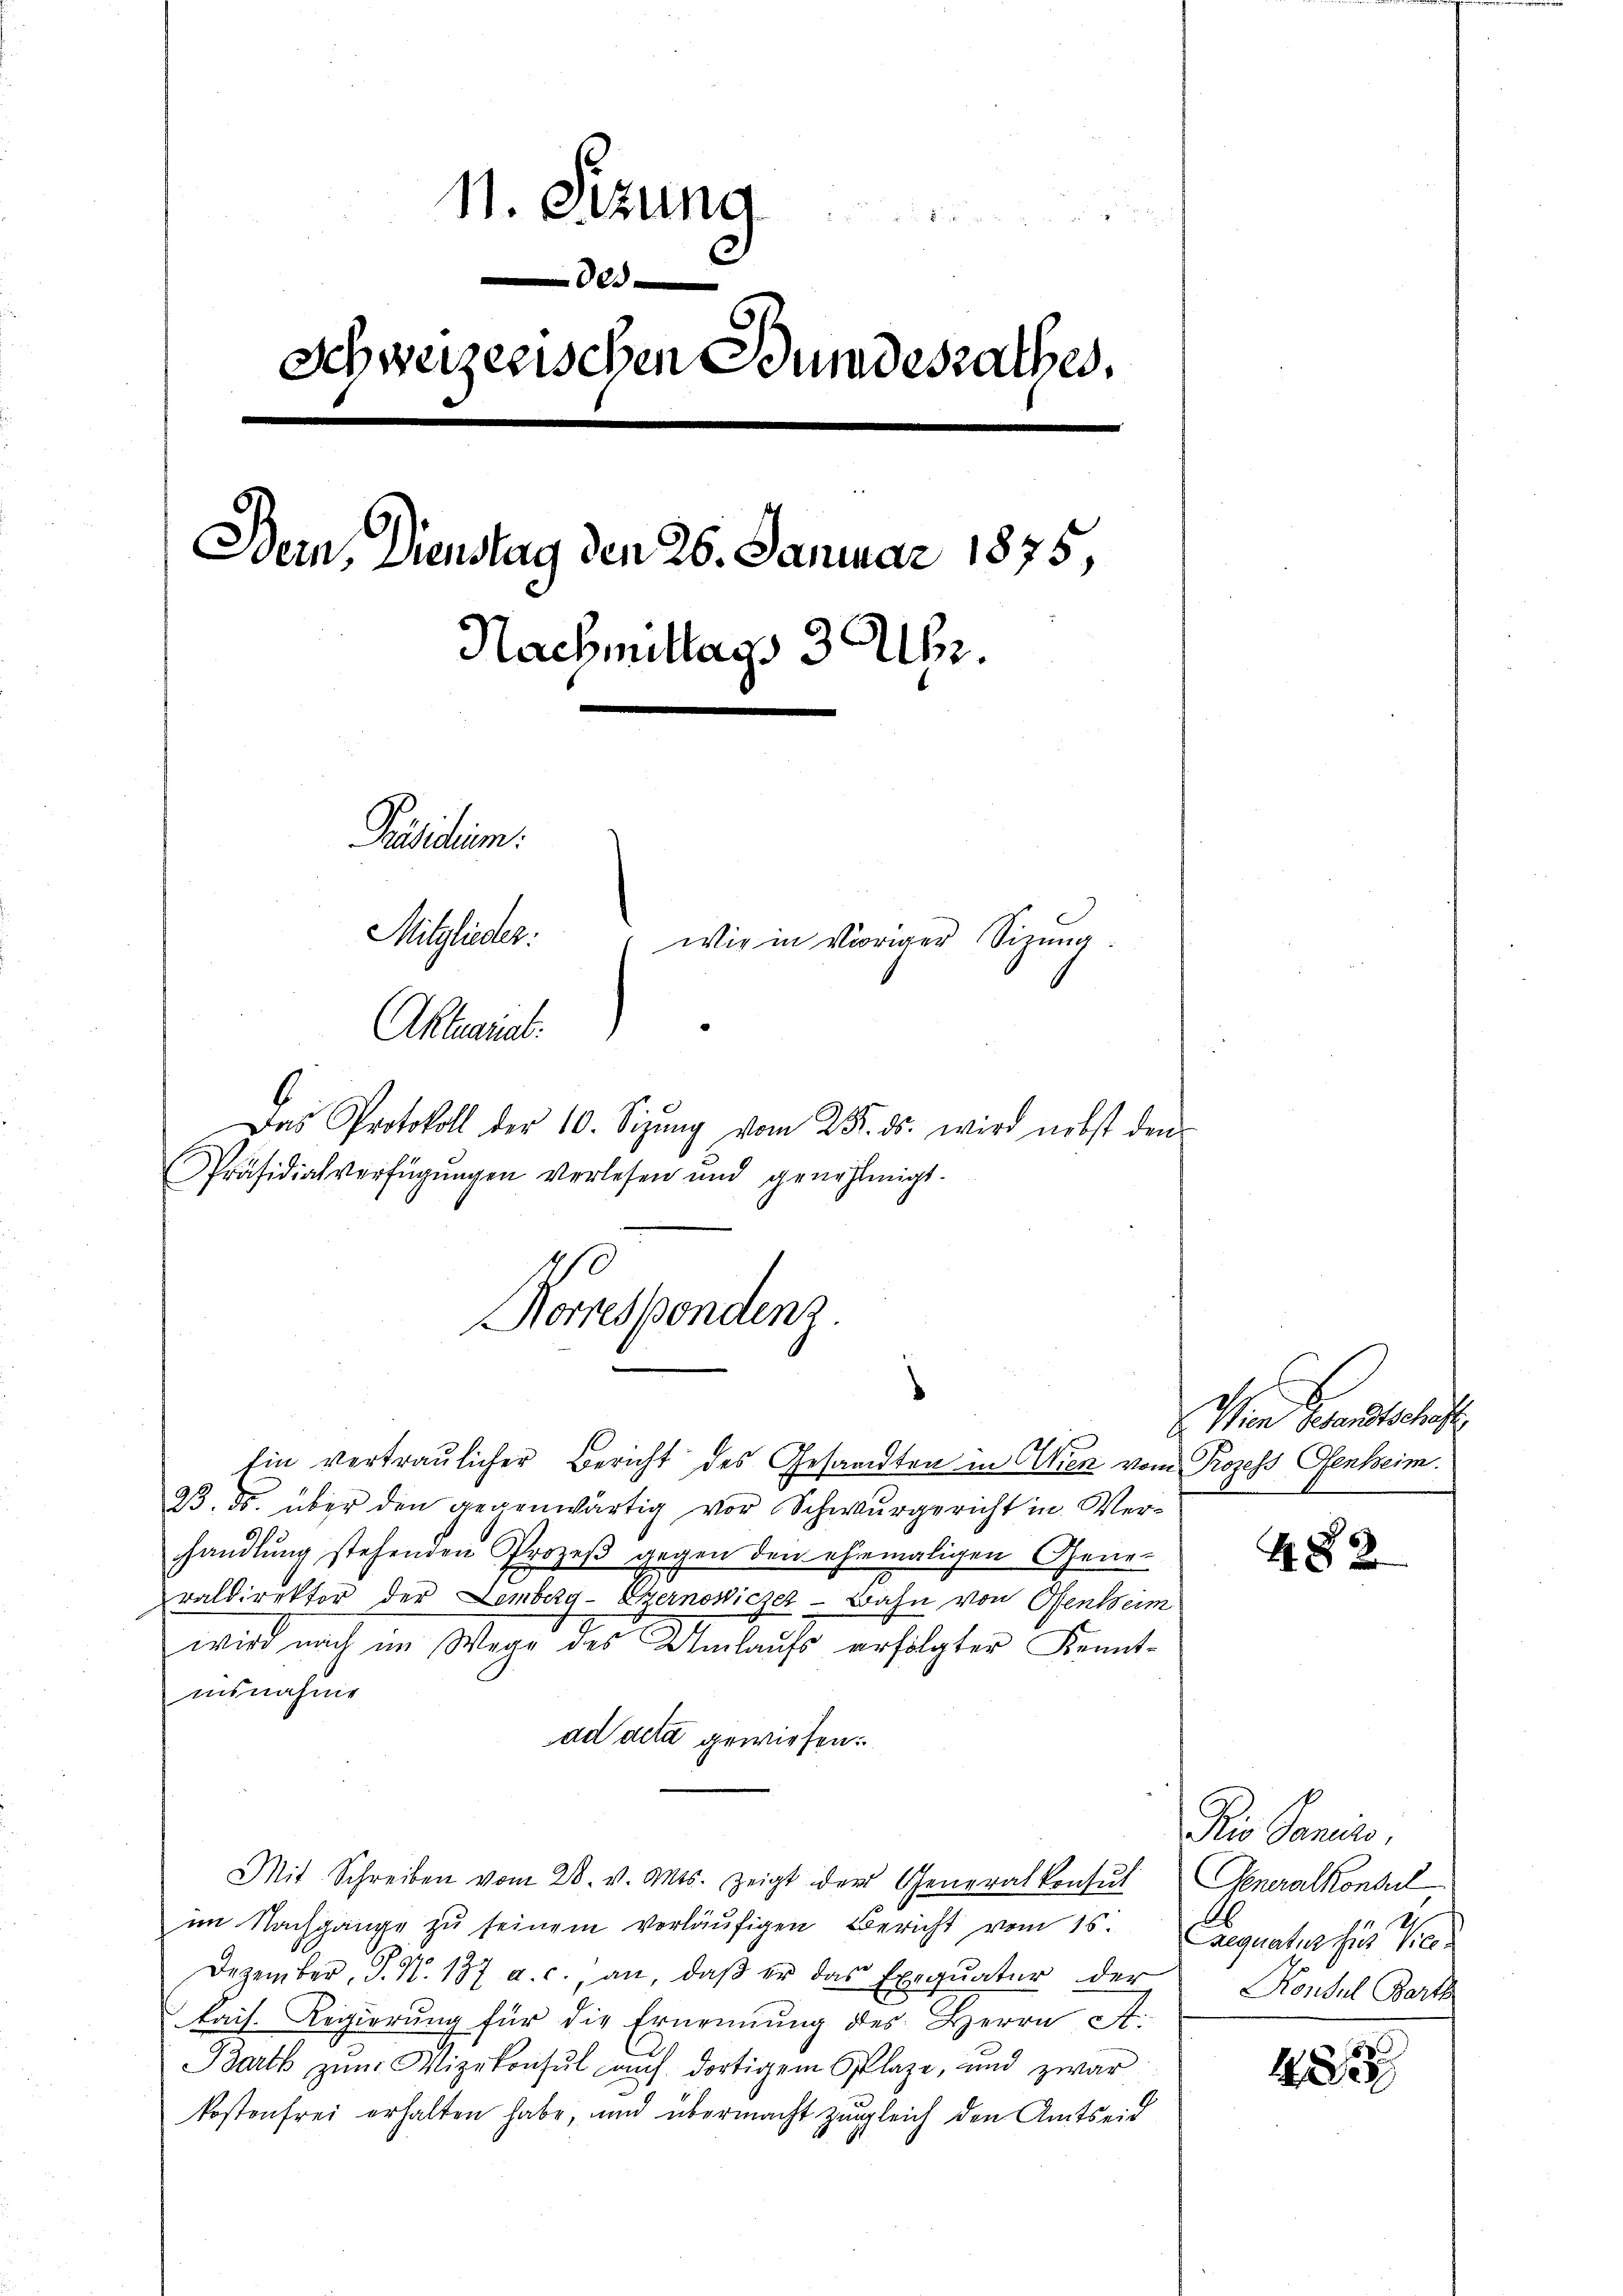
11. Sitzung
i
e
Schweizerischen Bundesrathes.

Bern, Dienstag den 26. Januar 1875,
Nachmittags 3 Uhr.
Präsidium.
Mitglieder.
(wie in voriger Sizung.
Aktuariat.
Das Protokoll der 10. Sizŭng vom 25. ds. wird nebst den
Präsidialverfügŭngen verlesen und genehmigt.

Korrespondenz.

Ein vertraulicher Bericht des Gesandten in Clien vom Prozess Ofenheim.
23. ds. über den gegenwärtig vor Schwurgericht in Verhandlung stehenden Prozeß gegen den ehemaligen Gene-
raldirektor der Lemberg-Ezernowiczel-Bahn von Ofenheim
wird nach im Wege des Umlaufs erfolgter Kenntisnahme
ad acta gewiesen.
Mit Schreiben vom 28. v. Mts. zeigt der Generalkonsul Generalkonsul
im Nachgange zu seinem vorläufigen Bericht vom 15. Seequatur für Vice-
Dezember, S. N. 137 a. c. an, daß er das Exequatur der
kais. Regierung für die Ernennung des Herrn A.
Barth zŭm Vizekonsul auch dortigem Plaze, und zwar
kostenfrei erhalten habe, und übermacht zugleich den Amtseid

Wien Gesandtschaft

483

Dio Sancis,
Konsul Bart

125